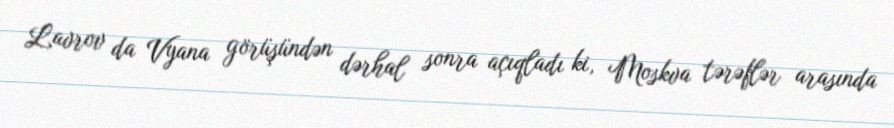
Lavrov da Vyana görüşündən dərhal sonra açıqladı ki, Moskva tərəflər arasında